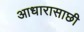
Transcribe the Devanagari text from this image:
आधारासाछी